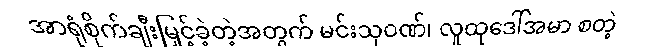
အာရုံစိုက်ချီးမြှင့်ခဲ့တဲ့အတွက် မင်းသုဝဏ်၊ လူထုဒေါ်အမာ စတဲ့